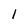
Character: l